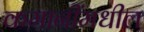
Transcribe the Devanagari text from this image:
कमानींमधील